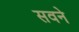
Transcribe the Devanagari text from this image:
सवने